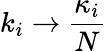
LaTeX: k_{i}\to\frac{\kappa_{i}}{N}